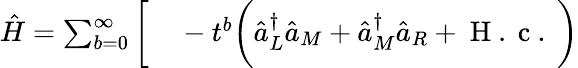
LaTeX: \begin{array}{rl}{\hat{H}=\sum_{b=0}^{\infty}\bigg[}&{{}-t^{b}\bigg(\hat{a}_{L}^{\dagger}\hat{a}_{M}+\hat{a}_{M}^{\dagger}\hat{a}_{R}+\mathrm{~H~.~c~.~}\bigg)}\end{array}